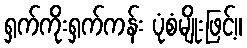
ရှက်ကိုးရှက်ကန်း ပုံစံမျိုးဖြင့်။